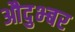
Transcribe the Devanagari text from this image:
औदुभ्बर